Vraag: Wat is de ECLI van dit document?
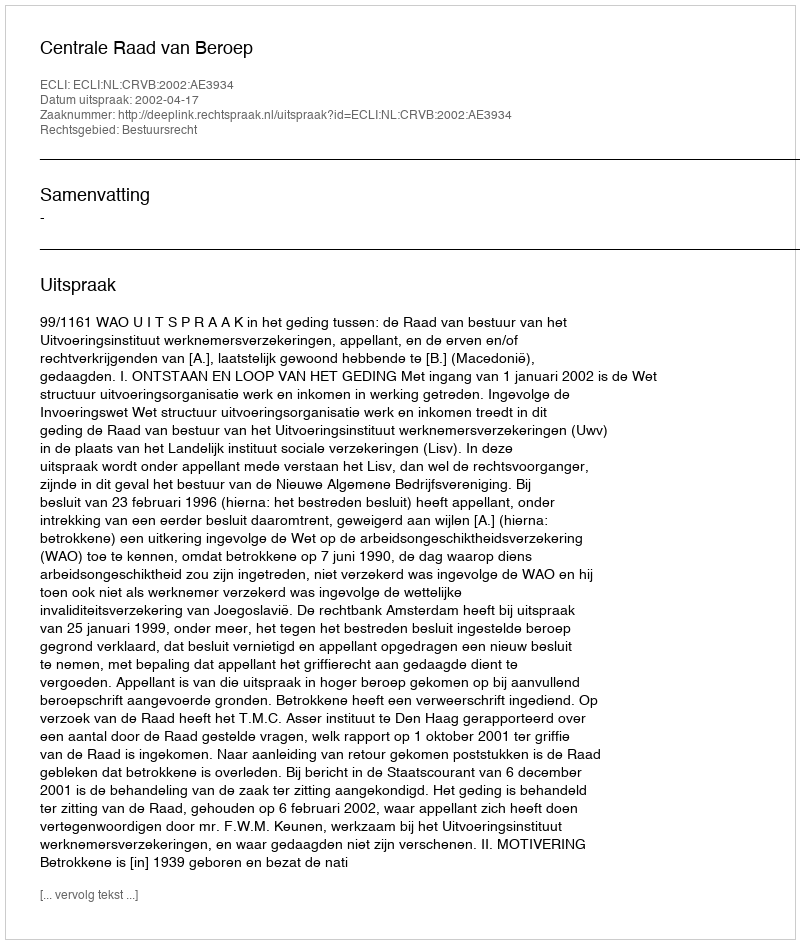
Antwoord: ECLI:NL:CRVB:2002:AE3934